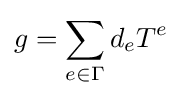
g=\sum _{e\in \Gamma }d_{e}T^{e}